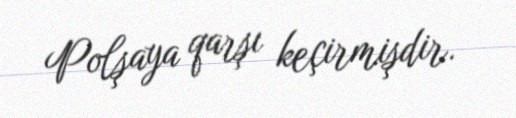
Polşaya qarşı keçirmişdir.